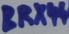
Text: BRX44